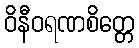
ဝိနီဝရဏစိတ္တေ